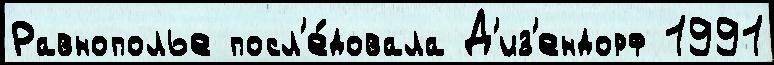
Равнополье посл'е́довала Д'из'ендорф 1991